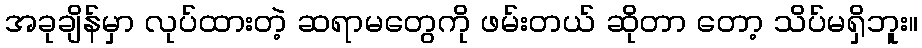
အခုချိန်မှာ လုပ်ထားတဲ့ ဆရာမတွေကို ဖမ်းတယ် ဆိုတာ တော့ သိပ်မရှိဘူး။